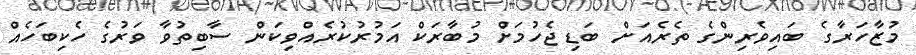
މުޒާހަރާގެ ބައިވެރިންގެ ތެރެއަށް ބަޑި ޖެހުމަށް މުބާރަކް އަމުރުކުރެއްވިކަން ސާބިތުވާ ވަރުގެ ހެކިބަހެއް